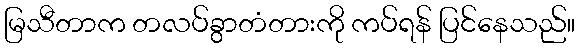
မြသီတာက တလပ်ခွာတံတားကို ကပ်ရန် ပြင်နေသည်။